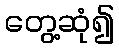
တွေ့ဆုံ၍